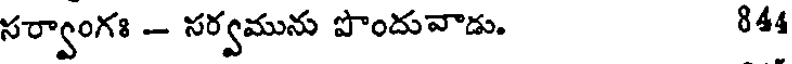
సర్వాంగః - సర్వమును పొందువాడు. 844